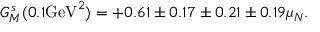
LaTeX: G _ { M } ^ { s } ( 0 . 1 \mathrm { G e V } ^ { 2 } ) = + 0 . 6 1 \pm 0 . 1 7 \pm 0 . 2 1 \pm 0 . 1 9 \mu _ { N } .